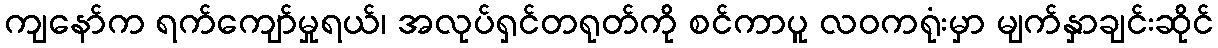
ကျနော်က ရက်ကျော်မှုရယ်၊ အလုပ်ရှင်တရုတ်ကို စင်ကာပူ လဝကရုံးမှာ မျက်နှာချင်းဆိုင်